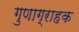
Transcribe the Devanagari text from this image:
गुणाग्राहक